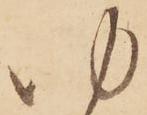
ゆ